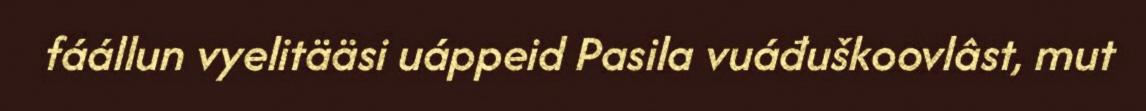
fáállun vyelitääsi uáppeid Pasila vuáđuškoovlâst, mut